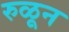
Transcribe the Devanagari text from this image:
रुळून